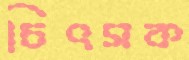
চিৎসক